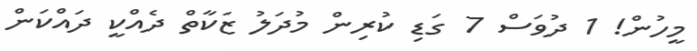
މީހުން! 1 ދުވަސް 7 ގަޑި ކުރިން މުދަލު ޒަކާތް ދެއްކީ ދައްކަން